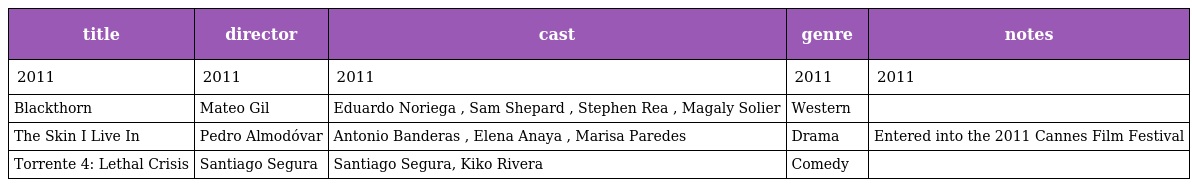
| title | director | cast | genre | notes |
 | --- | --- | --- | --- | --- |
 | 2011 | 2011 | 2011 | 2011 | 2011 |
 | Blackthorn | Mateo Gil | Eduardo Noriega , Sam Shepard , Stephen Rea , Magaly Solier | Western |  |
 | The Skin I Live In | Pedro Almodóvar | Antonio Banderas , Elena Anaya , Marisa Paredes | Drama | Entered into the 2011 Cannes Film Festival |
 | Torrente 4: Lethal Crisis | Santiago Segura | Santiago Segura, Kiko Rivera | Comedy |  |